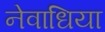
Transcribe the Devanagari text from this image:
नेवाधिया